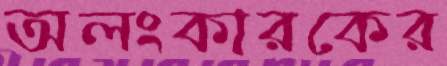
অলংকারকের